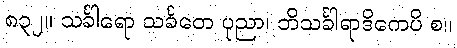
၈၃၂။ သင်္ခါရော သင်္ခတေ ပုညာ၊ ဘိသင်္ခါရာဒိကေပိ စ။